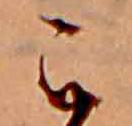
こ